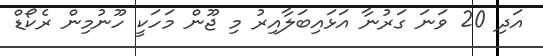
އަދި 20 ވަނަ ގަރުނާ އަޅައިބަލާއިރު މި ޖޫން މަހަކީ ހޫނުމިން ރެކޯޑް